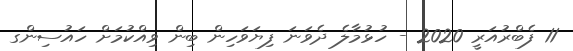
11 ފެބްރުއަރީ 2020 - ހުޅުމާލެ ދެވަނަ ފިޔަވަހިން ބިން ވިއްކުމަށް ހައުސިންގ